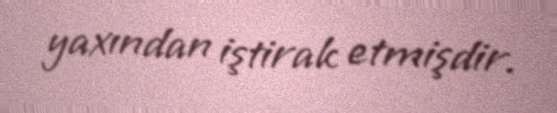
yaxından iştirak etmişdir.